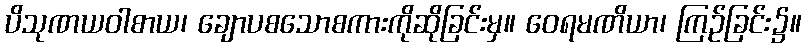
ပိသုဏယဝါစာယ၊ ချောပစသောစကားကိုဆိုခြင်းမှ။ ဝေရမဏိယာ၊ ကြဉ်ခြင်း၌။